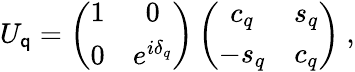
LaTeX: U_{\mathsf{q}}=\left(\begin{array}{cc}{{1}}&{{0}}\\ {{0}}&{{e^{i\delta_{q}}}}\end{array}\right)\left(\begin{array}{cc}{{c_{q}}}&{{s_{q}}}\\ {{-s_{q}}}&{{c_{q}}}\end{array}\right)\ ,